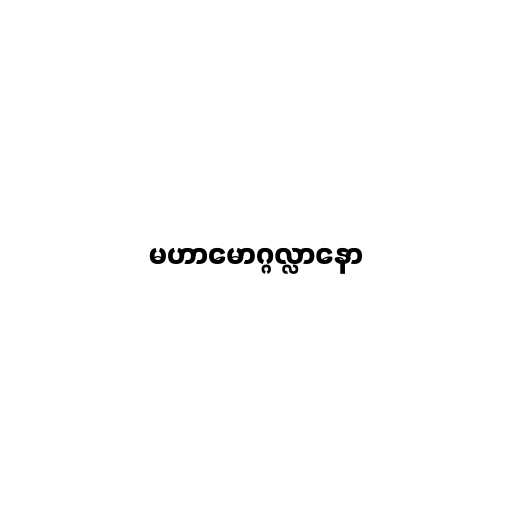
မဟာမောဂ္ဂလ္လာနော